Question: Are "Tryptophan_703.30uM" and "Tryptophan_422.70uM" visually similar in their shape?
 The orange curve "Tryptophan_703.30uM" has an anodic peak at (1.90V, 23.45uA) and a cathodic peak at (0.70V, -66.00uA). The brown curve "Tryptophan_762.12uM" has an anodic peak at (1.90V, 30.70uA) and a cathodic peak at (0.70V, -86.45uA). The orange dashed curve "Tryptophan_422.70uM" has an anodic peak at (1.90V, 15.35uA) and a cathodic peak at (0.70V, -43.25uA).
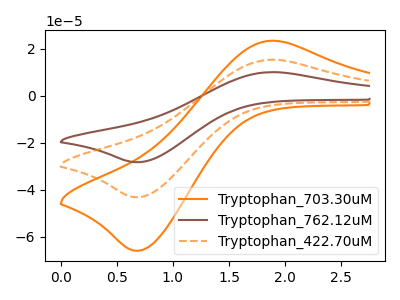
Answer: <think>All the peaks in "Tryptophan_703.30uM" have a peak in "Tryptophan_422.70uM" at the same potential. Every peak in "Tryptophan_703.30uM" is higher than every peak in "Tryptophan_422.70uM".
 </think>
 <answer>"Tryptophan_703.30uM" and "Tryptophan_422.70uM" are similar in shape.</answer>
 <eval>same_shape</eval>